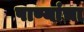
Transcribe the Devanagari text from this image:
पाण्यांचा